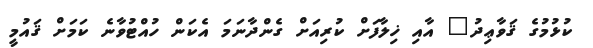
ކުޅުމުގެ ޤަވާޢިދު" އާއި ޚިލާފަށް ކުރިއަށް ގެންދާނަމަ އެކަން ހުއްޓުވާނެ ކަމަށް ޤައުމީ